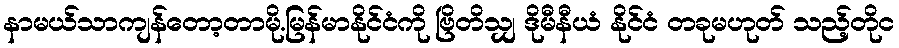
နာမယ်သာကျန်တော့တာမို.မြန်မာနိုင်ငံကို ဗြိတိသျှ ဒိုမီနီယံ နိုင်ငံ တခုမဟုတ် သည့်တိုင